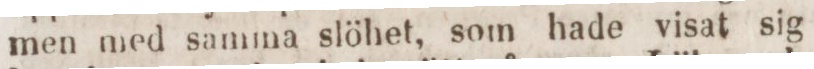
men med samma slöhet, som hade visat sig